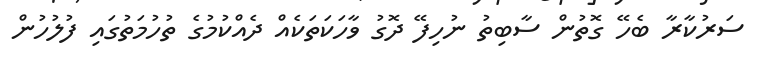
ސަރުކާރާ ބެހޭ ގޮތުން ސާބިތު ނުހިފޭ ދޮގު ވާހަކަތަކެއް ދެއްކުމުގެ ތުހުމަތުގައި ފުލުހުން